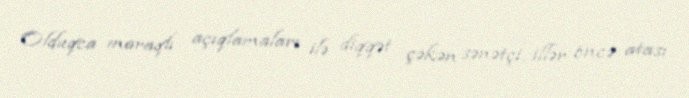
Olduqca maraqlı açıqlamaları ilə diqqət çəkən sənətçi, illər öncə atası